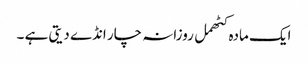
ایک مادہ کٹھمل روزانہ چار انڈے دیتی ہے ۔